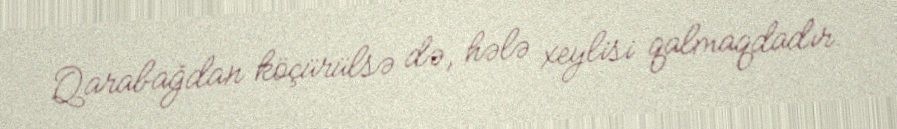
Qarabağdan köçürülsə də, hələ xeylisi qalmaqdadır.